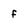
Character: f